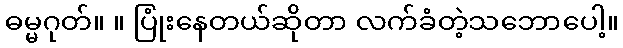
ဓမ္မဂုတ်။ ။ ပြုံးနေတယ်ဆိုတာ လက်ခံတဲ့သဘောပေါ့။